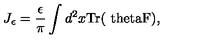
J _ { \epsilon } = \frac { \epsilon } { \pi } \int d ^ { 2 } x \mathrm { T r ( \ t h e t a F ) } ,